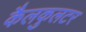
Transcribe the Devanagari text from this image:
कैलकुलटर